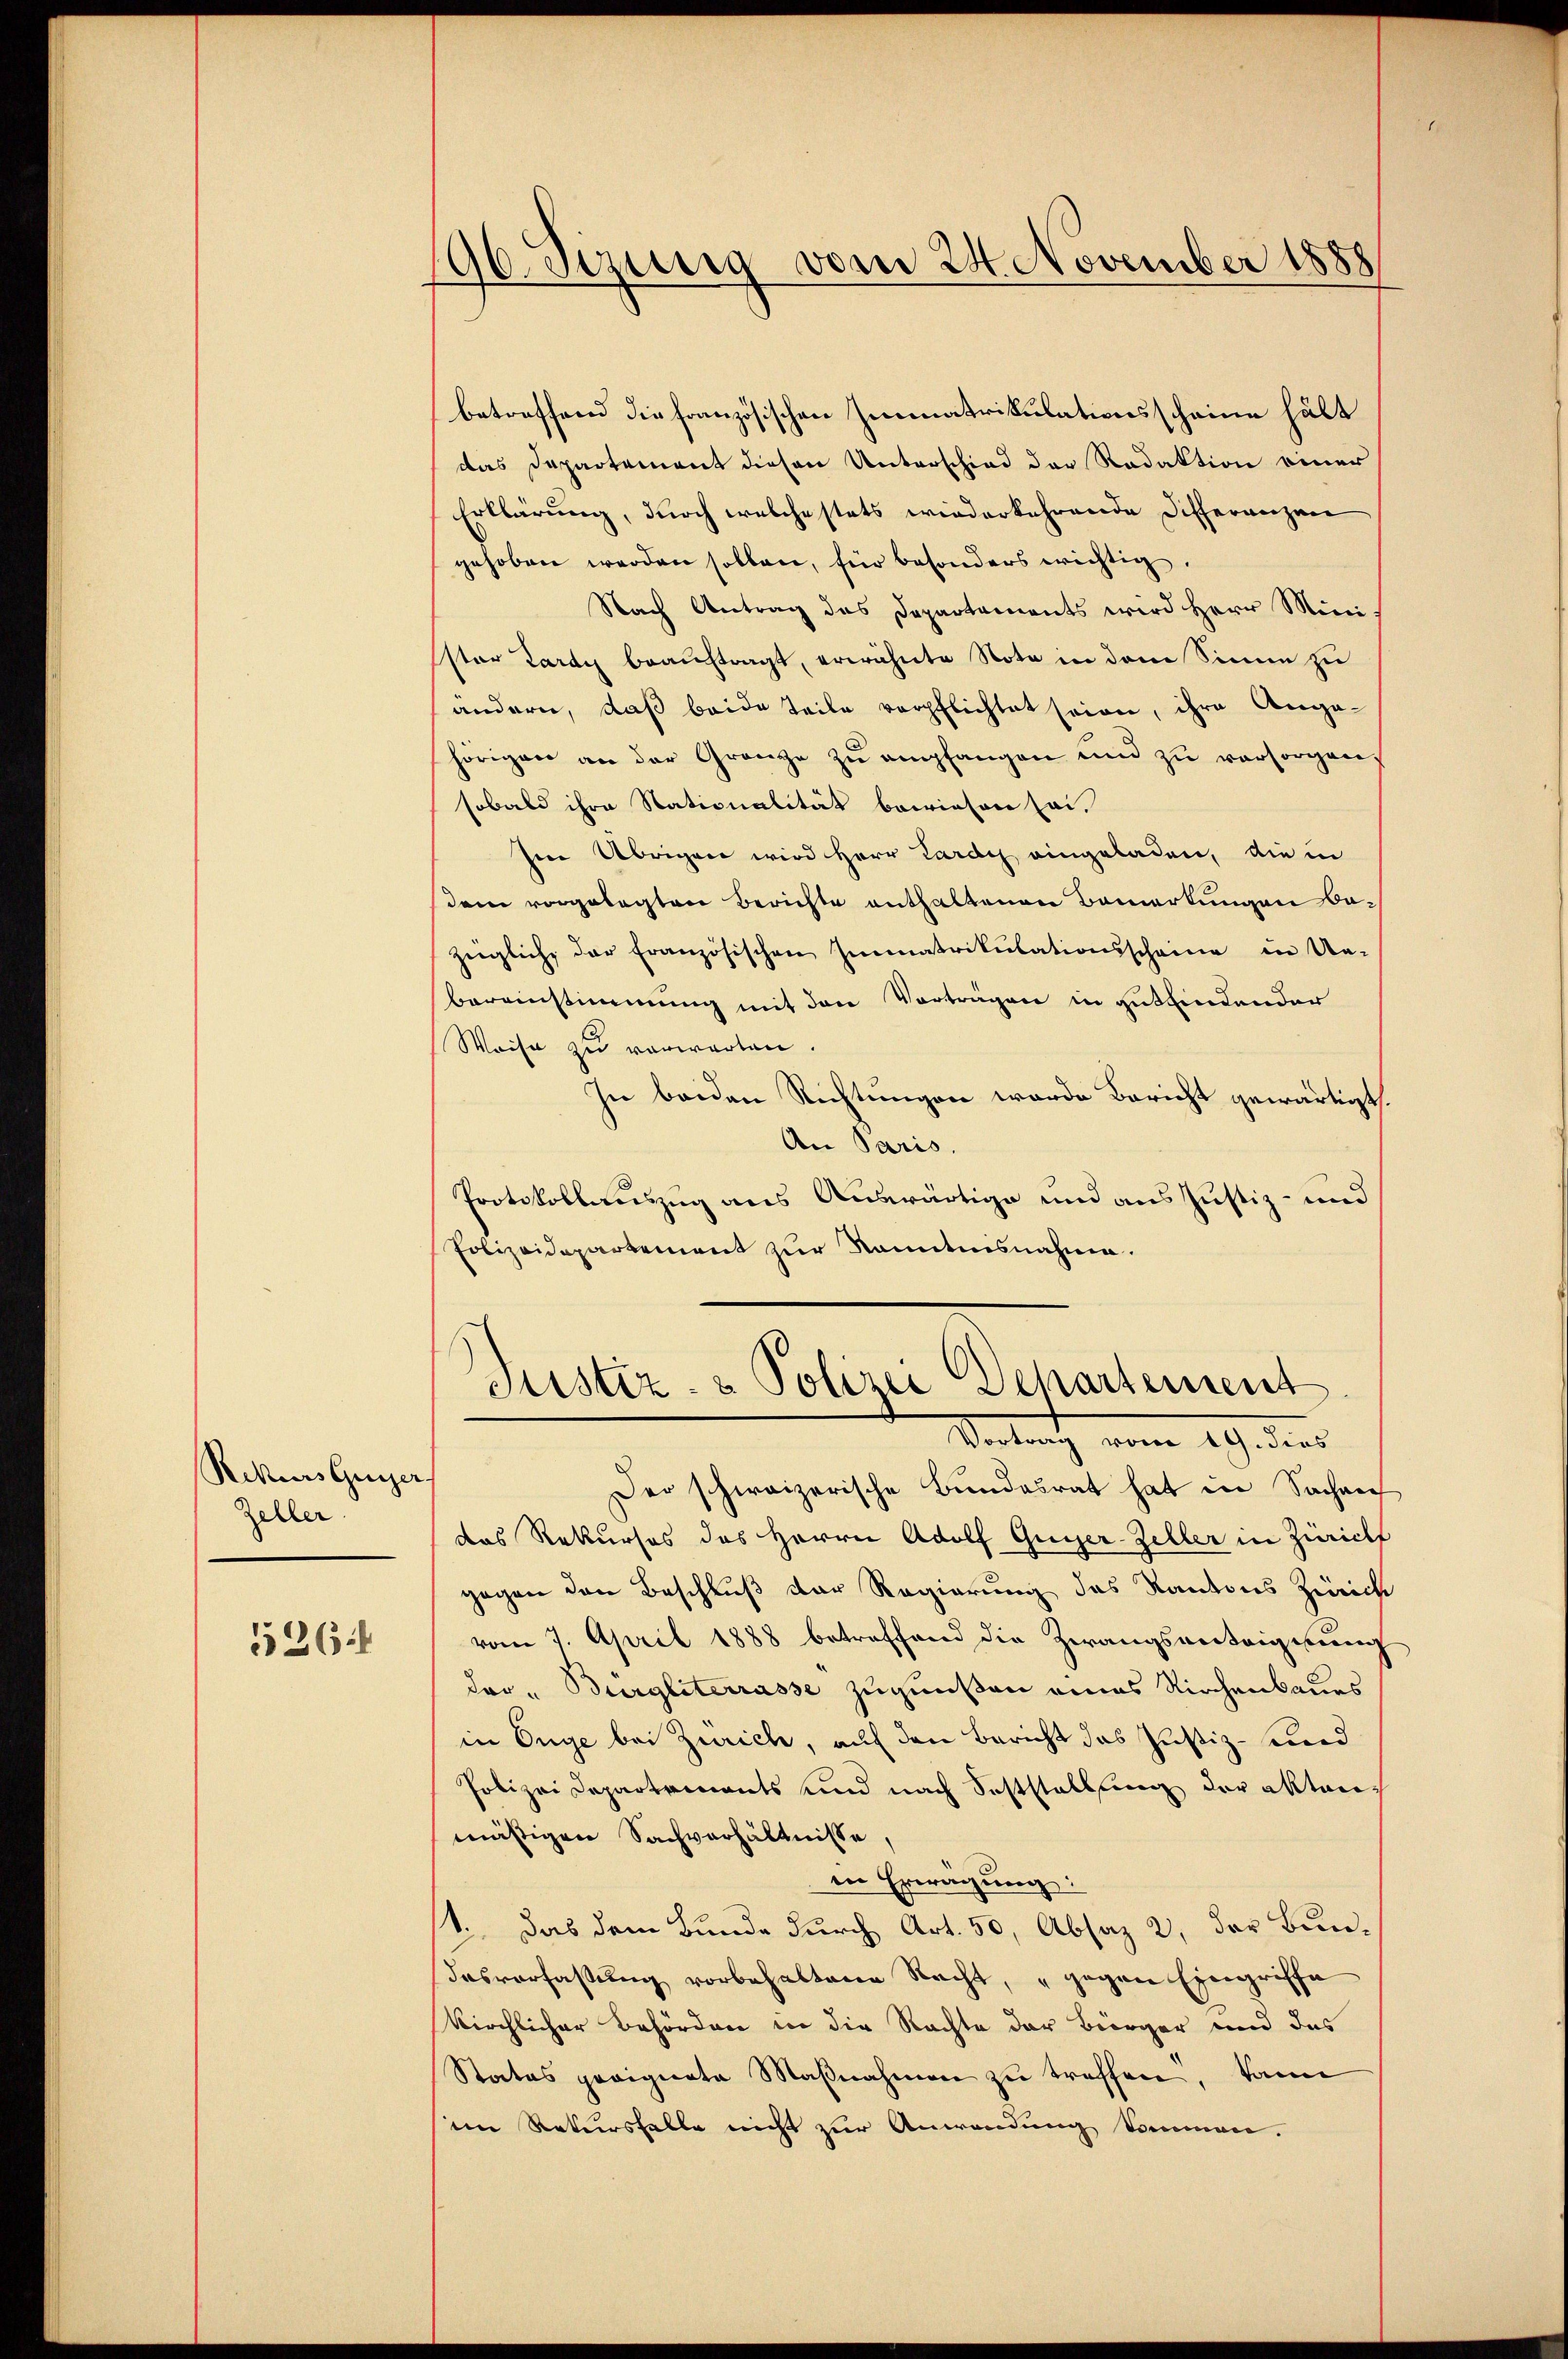
Rekurs Grazer
Zeller.

526

196. eizung vom 24. November 1888

betreffend die französischen Immatrikulationsscheine hält
das Departement diesen Unterschied der Redaktion einer
Erklärung, durch welchestets wiederkehrende Differenzen
gehoben werden sollen, für besonders wichtig.
Nach Antrag des Departaments wird Herr Mini-
Ester Lardy beauftragt, erwähnte Nota in dem Sinne zu
ändern, daß beide Teile verpflichtet seien, ihre Ange-
hörigen an der Gränze zu empfangen und zu versorgen
sobald ihre Stationalität bewiesen sei.
Im Übrigen wird Herr Lardy eingeladen, die in
dem vorgelegten Berichte enthaltenen Bemerkungen bezügliche der französischen Immatrikulationsscheine in Un-
bereinstimmung mit den Vorträgen in gutfindender
Weise zu verwarten
In beiden Richtungen wurde Bericht gewärtigt
An Paris.
Protokollauszug aus Auswärtige und aus Justiz- und
Polizeidepartement zur Kenntnisnahme.

Justiz- & Polizei Departement
Vortrag vom 19. dies

Der schweizerische Bundesrat hat in Sachene
das Rekurses des Herrn Adolf Guyer-Zeller in Zürich
gegen den Beschluß der Regierung des Kantons Zürich
vom 7. April 1888 betreffend die Zwangsanteigung
dar - Burgliterrasse zugießen eines Kirchenbaues
in Enge bei Zürich, auf den Bericht das Justiz- und
Polizei Departements und nach Soststellung der akten
mäßigen Sachverhältnisse
en Erwägung:
t. Das dem Bunde durch Art. 50, Absaz 2, der Bundasverfassŭng vorbehaltene Nacht, gegen Eingriffe
kirchlicher Behörden in die Rachte der Bürger und das
Status geeignete Maßnahmen zu treffen, kann
im Rekursfalle nicht zur Anwendung kommen.